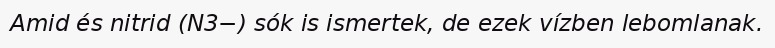
Amid és nitrid (N3−) sók is ismertek, de ezek vízben lebomlanak.